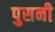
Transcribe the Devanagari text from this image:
पुसनी